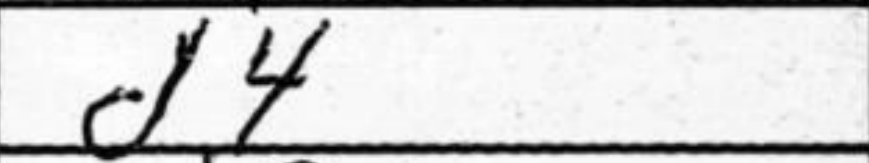
Transcription: d4